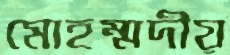
মোহম্মদীয়